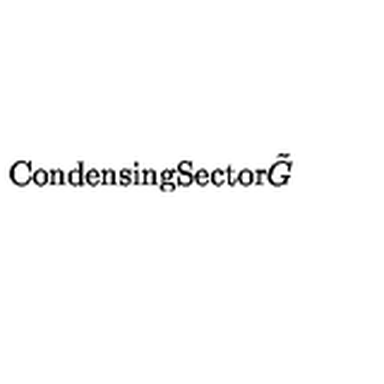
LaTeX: \mathrm { C o n d e n s i n g } \mathrm { S e c t o r } \tilde { G }